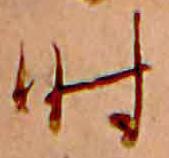
時